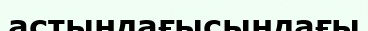
астындағысындағы